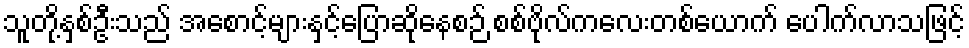
သူတို့နှစ်ဦးသည် အစောင့်များနှင့်ပြောဆိုနေစဉ် စစ်ဗိုလ်ကလေးတစ်ယောက် ပေါက်လာသဖြင့်